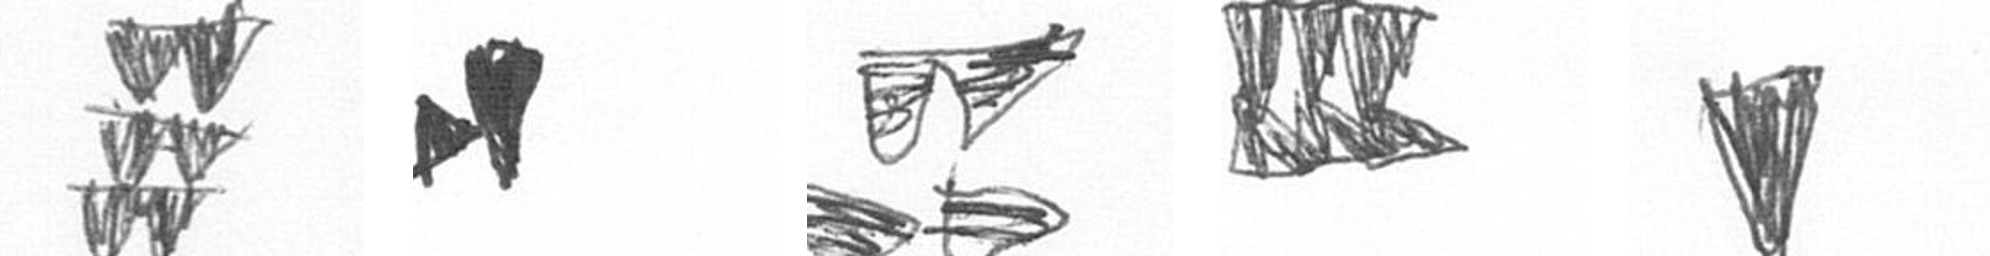
Y M B D J